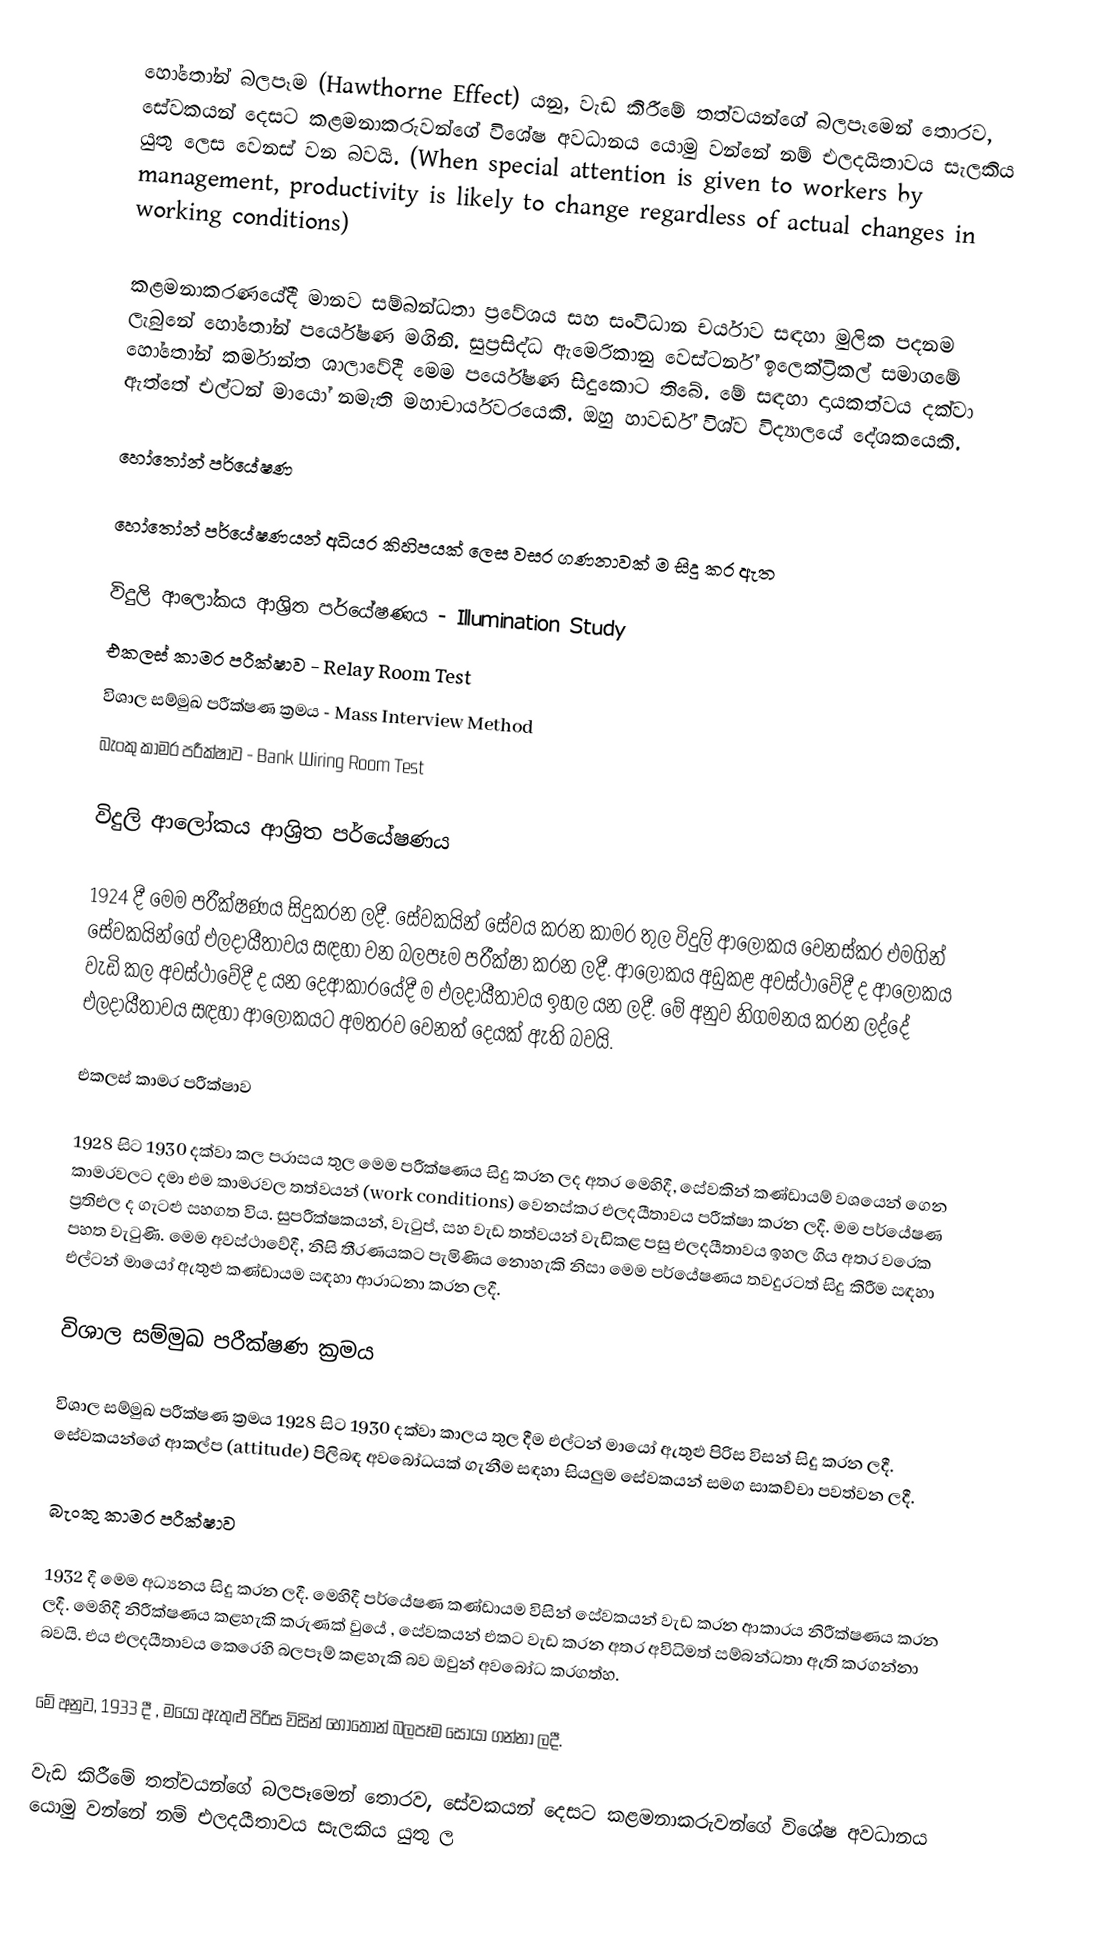
හෝතෝන් බලපෑම (Hawthorne Effect) යනු, වැඩ කිරීමේ තත්වයන්ගේ බලපෑමෙන් තොරව, සේවකයන් දෙසට කළමනාකරුවන්ගේ විශේෂ අවධානය යොමු වන්නේ නම් එලදයීතාවය සැලකිය යුතු ලෙස වෙනස් වන බවයි.  (When special attention is given to workers by management, productivity is likely to change regardless of actual changes in working conditions)

කළමනාකරණයේදී මානව සම්බන්ධතා ප්‍රවේශය සහ සංවිධාන චර්යාව සඳහා මුලික පදනම ලැබුනේ හෝතෝන් පර්යේෂණ මගිනි. සුප්‍රසිද්ධ ඇමෙරිකානු වෙස්ටර්න් ඉලෙක්ට්‍රිකල් සමාගමේ හෝතෝන් කර්මාන්ත ශාලාවේදී මෙම පර්යේෂණ සිදුකොට තිබේ. මේ සඳහා දායකත්වය දක්වා ඇත්තේ එල්ටන් මායෝ නමැති මහාචාර්යවරයෙකි. ඔහු හාවර්ඩ් විශ්ව විද්‍යාලයේ දේශකයෙකි.

හෝතෝන් පර්යේෂණ

හෝතෝන් පර්යේෂණයන් අධියර කිහිපයක් ලෙස වසර ගණනාවක් ම සිදු කර ඇත

විදුලි ආලෝකය ආශ්‍රිත පර්යේෂණය - Illumination Study
එකලස් කාමර පරීක්ෂාව - Relay Room Test
විශාල සම්මුඛ පරීක්ෂණ ක්‍රමය - Mass Interview Method
බැංකු කාමර පරීක්ෂාව - Bank Wiring Room Test

විදුලි ආලෝකය ආශ්‍රිත පර්යේෂණය

1924 දී මෙම පරීක්ෂණය සිදුකරන ලදී. සේවකයින් සේවය කරන කාමර තුල විදුලි ආලෝකය වෙනස්කර එමගින් සේවකයින්ගේ එලදායීතාවය සඳහා වන බලපෑම පරීක්ෂා කරන ලදී. ආලෝකය අඩුකළ අවස්ථාවේදී ද ආලෝකය වැඩි කල අවස්ථාවේදී ද යන දෙආකාරයේදී ම එලදායීතාවය ඉහල යන ලදී. මේ අනුව නිගමනය කරන ලද්දේ එලදායීතාවය සඳහා ආලෝකයට අමතරව වෙනත් දෙයක් ඇති බවයි.

එකලස් කාමර පරීක්ෂාව

1928 සිට 1930 දක්වා කල පරාසය තුල මෙම පරීක්ෂණය සිදු කරන ලද අතර මෙහිදී, සේවකින් කණ්ඩායම් වශයෙන් ගෙන කාමරවලට දමා එම කාමරවල තත්වයන් (work conditions) වෙනස්කර එලදයීතාවය පරීක්ෂා කරන ලදී. මම පර්යේෂණ ප්‍රතිඑල ද ගැටළු සහගත විය. සුපරීක්ෂකයන්, වැටුප්, සහ වැඩ තත්වයන් වැඩිකළ පසු එලදයීතාවය ඉහල ගිය අතර වරෙක පහත වැටුණි. මෙම අවස්ථාවේදී, නිසි තීරණයකට පැමිණිය නොහැකි නිසා මෙම පර්යේෂණය තවදුරටත් සිදු කිරීම සඳහා එල්ටන් මායෝ ඇතුළු කණ්ඩායම සඳහා ආරාධනා කරන ලදී.

විශාල සම්මුඛ පරීක්ෂණ ක්‍රමය

විශාල සම්මුඛ පරීක්ෂණ ක්‍රමය 1928 සිට 1930 දක්වා කාලය තුල දීම එල්ටන් මායෝ ඇතුළු පිරිස විසන් සිදු කරන ලදී. සේවකයන්ගේ ආකල්ප (attitude)  පිලිබඳ අවබෝධයක් ගැනීම සඳහා සියලුම සේවකයන් සමග සාකච්චා පවත්වන ලදී.

බැංකු කාමර පරීක්ෂාව

1932 දී මෙම අධ්‍යනය සිදු කරන ලදී. මෙහිදී පර්යේෂණ කණ්ඩායම විසින් සේවකයන් වැඩ කරන ආකාරය නිරීක්ෂණය කරන ලදී. මෙහිදී නිරීක්ෂණය කළහැකි කරුණක් වුයේ , සේවකයන් එකට වැඩ කරන අතර අවිධිමත් සම්බන්ධතා ඇති කරගන්නා බවයි. එය එලදයීතාවය කෙරෙහි බලපෑම් කළහැකි බව ඔවුන් අවබෝධ කරගත්හ.

මේ අනුව, 1933 දී , මයෝ ඇතුළු පිරිස විසින් හෝතෝන් බලපෑම  සොයා ගන්නා ලදී.

වැඩ කිරීමේ තත්වයන්ගේ බලපෑමෙන් තොරව, සේවකයන් දෙසට කළමනාකරුවන්ගේ විශේෂ අවධානය යොමු වන්නේ නම් එලදයීතාවය සැලකිය යුතු ල